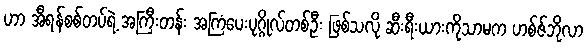
ဟာ အီရန်စစ်တပ်ရဲ့ အကြီးတန်း အကြံပေးပုဂ္ဂိုလ်တစ်ဦး ဖြစ်သလို ဆီးရီးယားကိုသာမက ဟစ်ဇ်ဘိုလာ